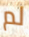
لم